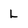
Character: L